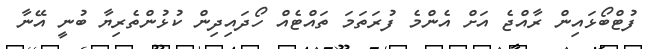
ފުޓްބޯޅައިން ރާއްޖެ އަށް އެންމެ ފުރަތަމަ ތައްޓެއް ހޯދައިދިން ކުޅުންތެރިޔާ ބުނީ އޭނާ